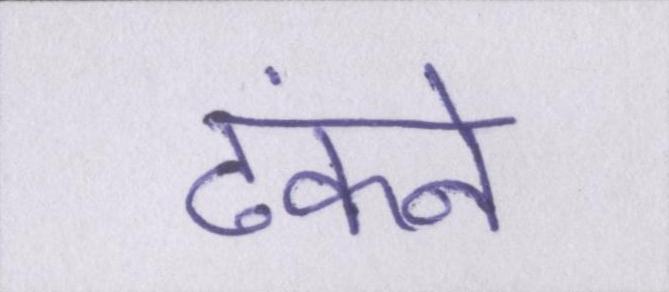
ढंकने